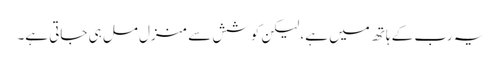
یہ رب کے ہاتھ میں ہے، لیکن کوشش سے منزل مل ہی جاتی ہے۔